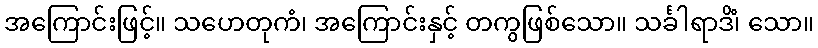
အကြောင်းဖြင့်။ သဟေတုကံ၊ အကြောင်းနှင့် တကွဖြစ်သော။ သင်္ခါရာဒိံ၊ သော။